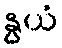
နွယံ